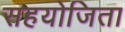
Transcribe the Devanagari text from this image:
सहयोजिता